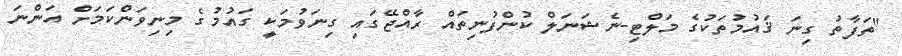
"ތަފާތު ގިނަ ޤައުމުތަކުގެ މަލްޓި-ނެޝަނަލް ކުންފުނިތައް ރާއްޖޭގައި ގިނަވުމަކީ ގައުމުގެ މިނިވަންކަމަށް އަންނަ